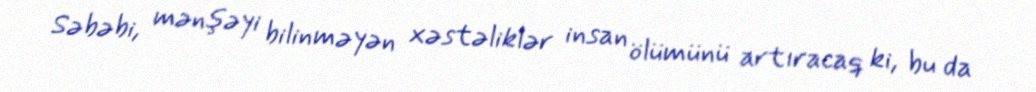
Səbəbi, mənşəyi bilinməyən xəstəliklər insan ölümünü artıracaq ki, bu da